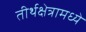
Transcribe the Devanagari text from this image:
तीर्थक्षेत्रामध्ये